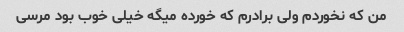
من که نخوردم ولی برادرم که خورده میگه خیلی خوب بود مرسی